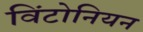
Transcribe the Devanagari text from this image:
विंटोनियन